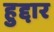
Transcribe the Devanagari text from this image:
हुद्दार